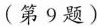
(第9题)